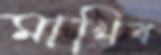
মাখিব